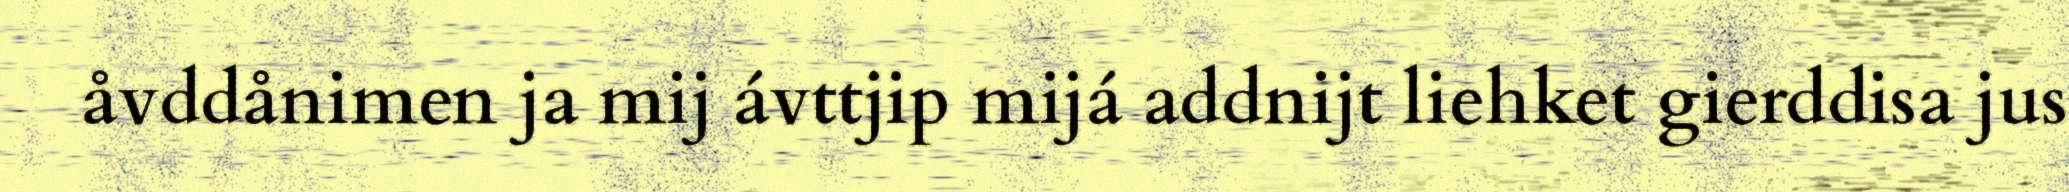
åvddånimen ja mij ávttjip mijá addnijt liehket gierddisa jus